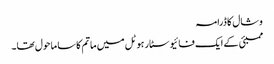
وشال کا ڈرامہ
ممبئی کے ایک فائیو سٹار ہوٹل میں ماتم کا سا ماحول تھا۔